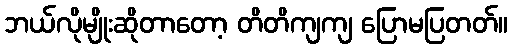
ဘယ်လိုမျိုးဆိုတာတော့ တိတိကျကျ ပြောမပြတတ်။